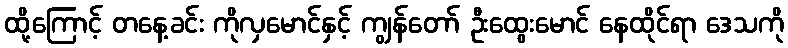
ထို့ကြောင့် တနေ့ခင်း ကိုလှမောင်နှင့် ကျွန်တော် ဦးထွေးမောင် နေထိုင်ရာ ဒေသကို